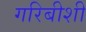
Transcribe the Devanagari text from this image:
गरिबीशी